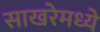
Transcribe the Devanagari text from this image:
साखरेमध्ये